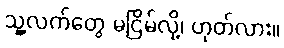
သူ့လက်တွေ မငြိမ်လို့၊ ဟုတ်လား။